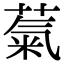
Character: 𫉀